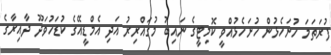
ފުރަތަމަ ހުށަހެޅުން ހުށަހެޅުއްވީ ކޮމިޓީގެ ނައިބު މުގައްރިރު އަދި އެމްޑީއޭގެ ކުޑަހުވަދޫ ދާއިރާގެ